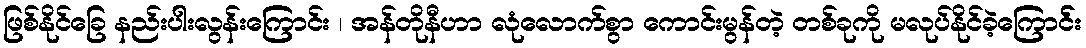
ဖြစ်နိုင်ခြေ နည်းပါးလွန်းကြောင်း ၊ အန်တိုနီဟာ လုံလောက်စွာ ကောင်းမွန်တဲ့ တစ်ခုကို မလုပ်နိုင်ခဲ့ကြောင််း